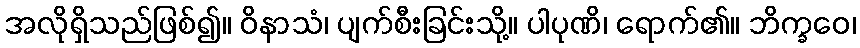
အလိုရှိသည်ဖြစ်၍။ ဝိနာသံ၊ ပျက်စီးခြင်းသို့။ ပါပုဏိ၊ ရောက်၏။ ဘိက္ခဝေ၊